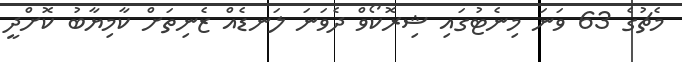
މެޗުގެ 63 ވަނަ މިނެޓުގައި ޝިރޮކޯވް ދެވަނަ ލަނޑެއް ޒެނިތަށް ކާމިޔާބު ކޮށްދީ